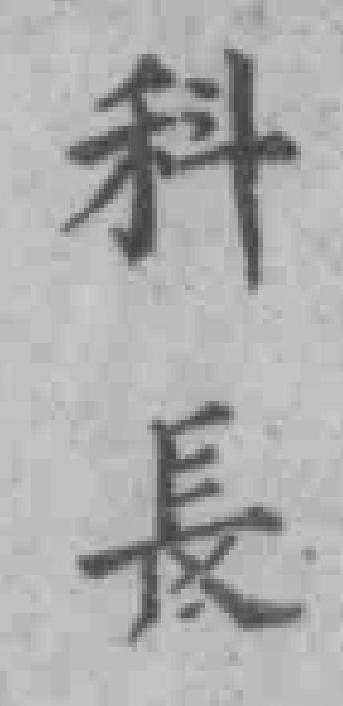
科長